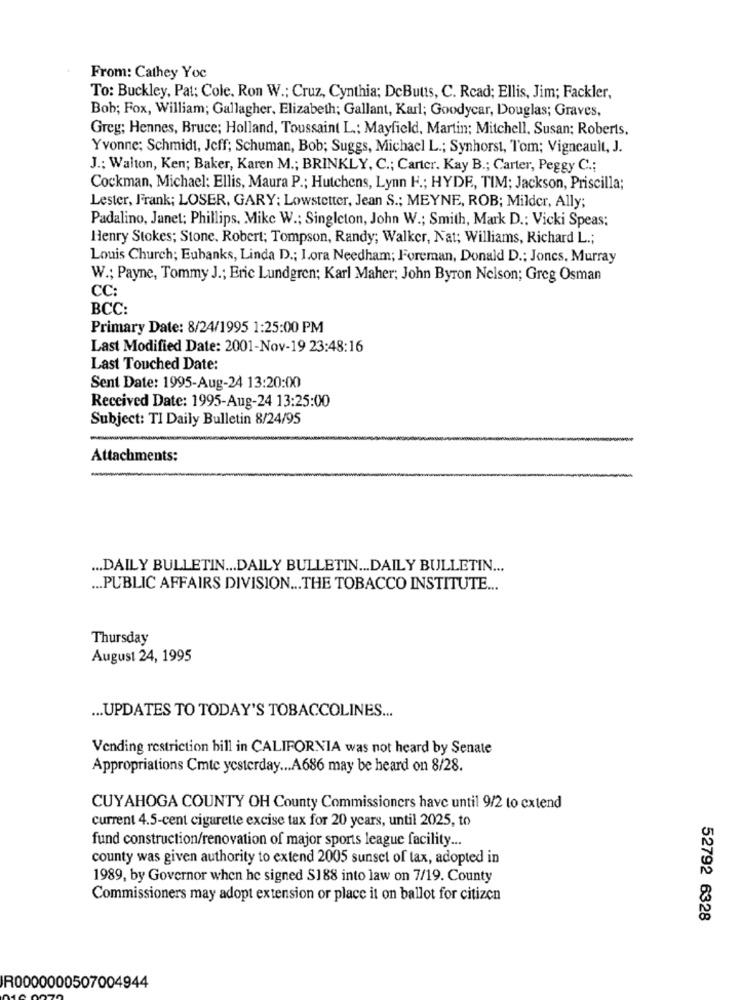
From: Cathey Yoc
To: Buckley, Pat; Cole. Ron W .; Cruz, Cynthia; DeButts, C. Rcad; Ellis, Jim; Fackler,
Bob; Fox, William; Gallagher, Elizabeth; Gallant, Karl; Goodycar, Douglas; Graves,
Greg; Hennes, Bruce; Holland, Toussaint L .; Mayfield, Martin; Mitchell, Susan; Roberts,
Yvonne; Schmidt, Jeff; Schuman, Bob; Suggs, Michael L .; Synhorst, Tom; Vigneault, J.
J .: Walton, Ken; Baker, Karen M .; BRINKLY, C .; Carter. Kay B .; Carter, Peggy C .;
Cockman, Michael: Ellis, Maura P .; Hutchens, Lynn H .; HYDE, TIM; Jackson, Priscilla;
Lester, Frank; LOSER, GARY; Lowstetter, Jean S .; MEYNE, ROB; Milder, Ally;
Padalino, Janet; Phillips, Mike W .; Singleton, John W .; Smith, Mark D .: Vicki Speas;
Henry Stokes; Stone. Robert; Tompson, Randy; Walker, Nat; Williams, Richard L .;
Louis Church; Eubanks, Linda D .; I.ora Needham; Foreman, Donald D .; Jones, Murray
W .; Payne, Tommy J .; Eric Lundgren; Karl Maher; John Byron Nelson; Greg Osman
CC:
BCC:
Primary Date: 8/24/1995 1:25:00 PM
Last Modified Date: 2001-Nov-19 23:48:16
Last Touched Date:
Sent Date: 1995-Aug-24 13:20:00
Received Date: 1995-Aug-24 13:25:00
Subject: TI Daily Bulletin 8/24/95
Attachments:
... DAILY BULLETIN ... DAILY BULLETIN ... DAILY BULLETIN ...
... PUBLIC AFFAIRS DIVISION ... THE TOBACCO INSTITUTE ...
Thursday
August 24, 1995
... UPDATES TO TODAY'S TOBACCOLINES ...
Vending restriction bill in CALIFORNIA was not heard by Senate
Appropriations Cmte yesterday ... A686 may be heard on 8/28.
CUYAHOGA COUNTY OH County Commissioners have until 9/2 to extend
current 4.5-cent cigarette excise tax for 20 years, until 2025, to
fund construction/renovation of major sports league facility ...
county was given authority to extend 2005 sunset of tax, adopted in
1989, by Governor when he signed S188 into law on 7/19. County
Commissioners may adopt extension or place it on ballot for citizen
52792 6328
R0000000507004944